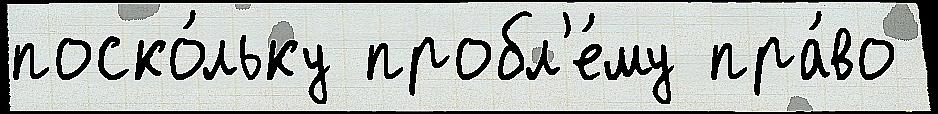
поско́льку пробл'е́му пра́во